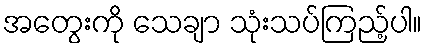
အတွေးကို သေချာ သုံးသပ်ကြည့်ပါ။